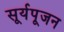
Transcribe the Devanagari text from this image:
सूर्यपूजन